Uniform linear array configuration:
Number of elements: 64
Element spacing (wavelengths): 0.5
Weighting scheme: cosine
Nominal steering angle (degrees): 15
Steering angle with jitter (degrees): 14.189
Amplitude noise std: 0.05
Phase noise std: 0.05

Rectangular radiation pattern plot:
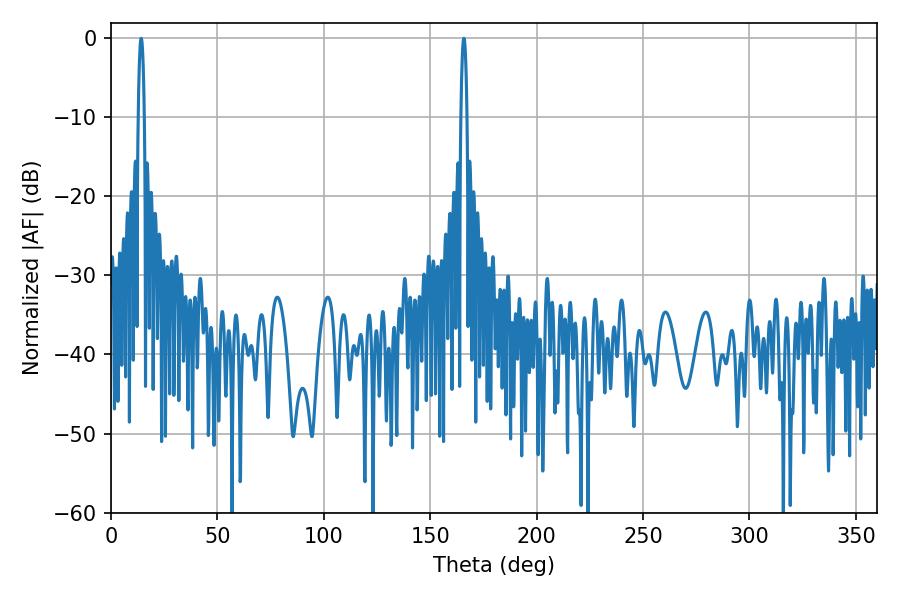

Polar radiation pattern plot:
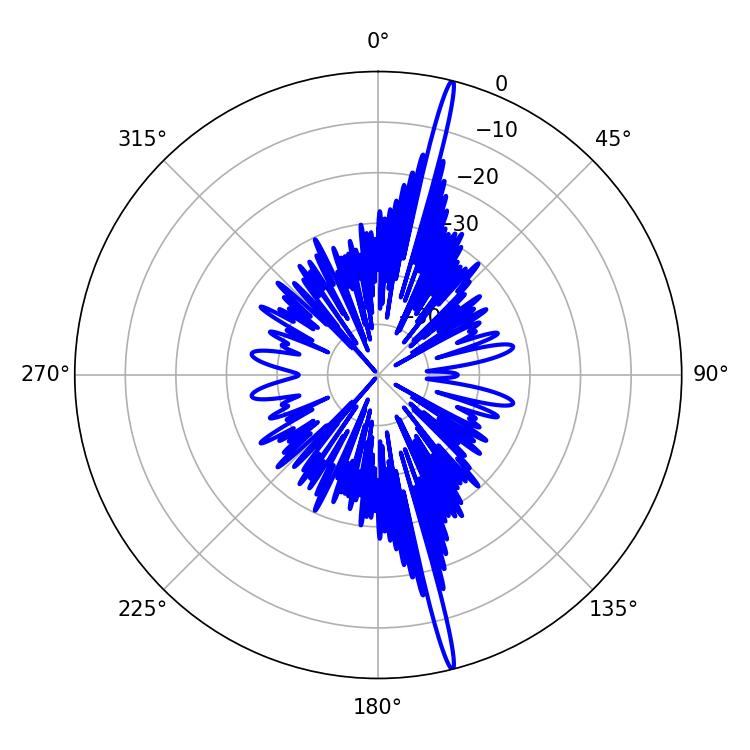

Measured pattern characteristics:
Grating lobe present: FALSE
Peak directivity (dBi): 20.995
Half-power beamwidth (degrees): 1.44
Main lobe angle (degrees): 165.78